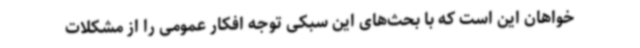
خواهان این است که با بحث‌های این سبکی توجه افکار عمومی را از مشکلات